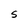
Character: S